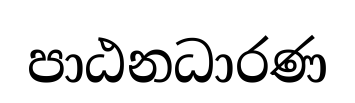
පාඨනධාරණ